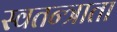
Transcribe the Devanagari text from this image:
स्वतन्त्राता